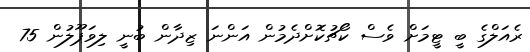
ރެއަލްގެ ބީ ޓީމަށް ވެސް ކޯޗުކޮށްދެމުން އަންނަ ޒިދާން ބުނީ ލިވަޕޫލުން 75